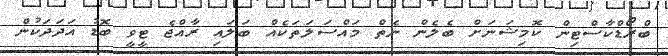
ބްރޯޑްކާސްޓިން ކޮމިޝަނަށް ބެލެން ނެތް މައްސަލަތަކެއް ބަލައި ރާއްޖެ ޓީވީ ބޮޑު އަދަދަކުން